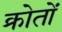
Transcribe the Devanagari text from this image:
क्रोतों